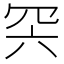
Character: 𦊇